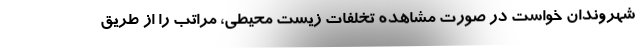
شهروندان خواست در صورت مشاهده تخلفات زیست محیطی، مراتب را از طریق